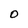
Character: O